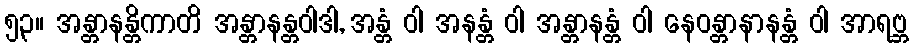
၅၃။ အန္တာနန္တိကာတိ အန္တာနန္တဝါဒါ, အန္တံ ဝါ အနန္တံ ဝါ အန္တာနန္တံ ဝါ နေဝန္တာနာနန္တံ ဝါ အာရဗ္ဘ